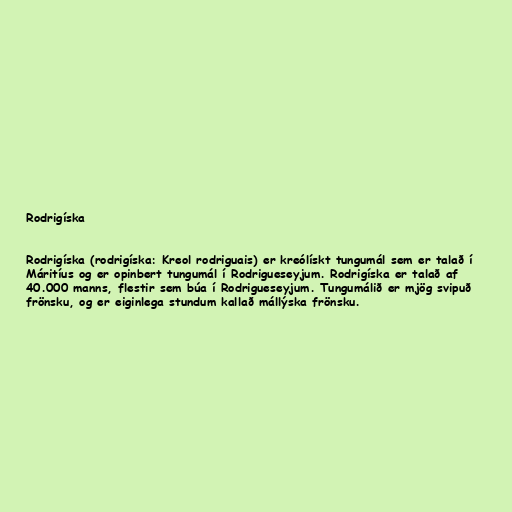
Rodrigíska

Rodrigíska (rodrigíska: Kreol rodriguais) er kreólískt tungumál sem er talað í
Máritíus og er opinbert tungumál í Rodrigueseyjum. Rodrigíska er talað af
40.000 manns, flestir sem búa í Rodrigueseyjum. Tungumálið er mjög svipuð
frönsku, og er eiginlega stundum kallað mállýska frönsku.